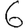
Digit: 6